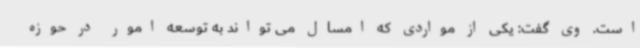
است. وی گفت: یکی از مواردی که امسال می تواند به توسعه امور در حوزه